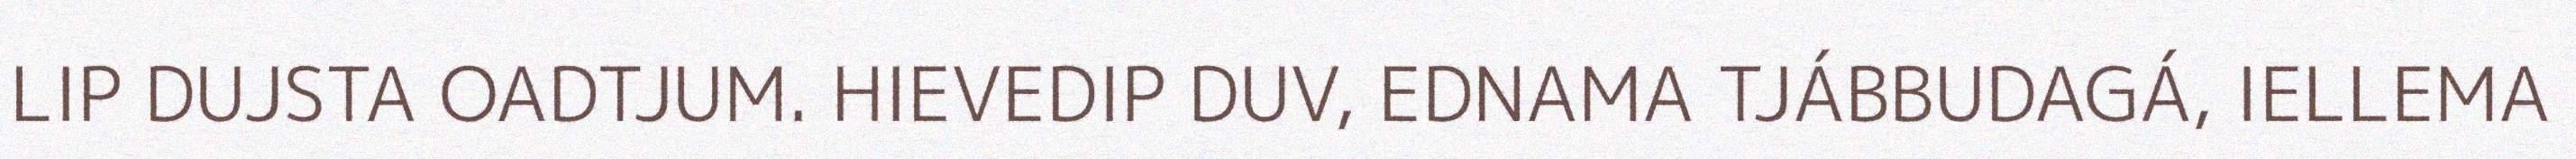
LIP DUJSTA OADTJUM. HIEVEDIP DUV, EDNAMA TJÁBBUDAGÁ, IELLEMA